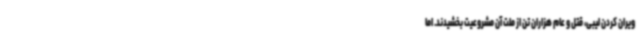
ویران کردن لیبی، قتل و عام هزاران تن از ملت آن مشروعیت بخشیدند. اما